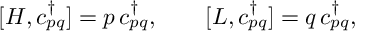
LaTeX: [ H , c _ { p q } ^ { \dagger } ] = p \, c _ { p q } ^ { \dagger } , \qquad [ L , c _ { p q } ^ { \dagger } ] = q \, c _ { p q } ^ { \dagger } ,